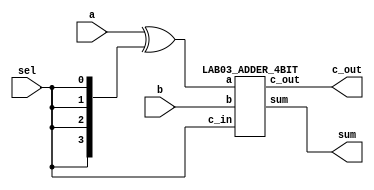
module LAB03_ADDSUB_4BIT(
	a,b,sel,c_out,sum
);
	input [3:0]a;
	input [3:0]b;
	input sel;
	output [3:0]sum;
	output c_out;
	
	wire [3:0] cmpl;
	assign cmpl=a^{4{sel}};

	LAB03_ADDER_4BIT U1 (cmpl,b,sel,c_out,sum);
endmodule


module LAB03_ADDER_4BIT(
	a,b,c_in,c_out,sum
);
	input [3:0]a;
	input [3:0]b;
	input c_in;
	output [3:0]sum;
	output c_out;
	wire c1, c2, c3;
	LAB03_FULLADDER f0(a[0],b[0],c_in,sum[0],c1);
	LAB03_FULLADDER f1(a[1],b[1],c1,sum[1],c2);
	LAB03_FULLADDER f2(a[2],b[2],c2,sum[2],c3);
	LAB03_FULLADDER f3(a[3],b[3],c3,sum[3],c_out);
	
endmodule

module LAB03_FULLADDER(
	x,y,c_in,s,c_out
);
	input x,y,c_in;
	output s,c_out;
	
	assign s = x^y^c_in;
	assign c_out = (x&y)||((x^y)&c_in);
endmodule